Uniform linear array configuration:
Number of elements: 12
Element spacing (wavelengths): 0.25
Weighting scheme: cosine
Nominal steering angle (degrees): -60
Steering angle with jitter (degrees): -61.587
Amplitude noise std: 0.05
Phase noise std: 0.05

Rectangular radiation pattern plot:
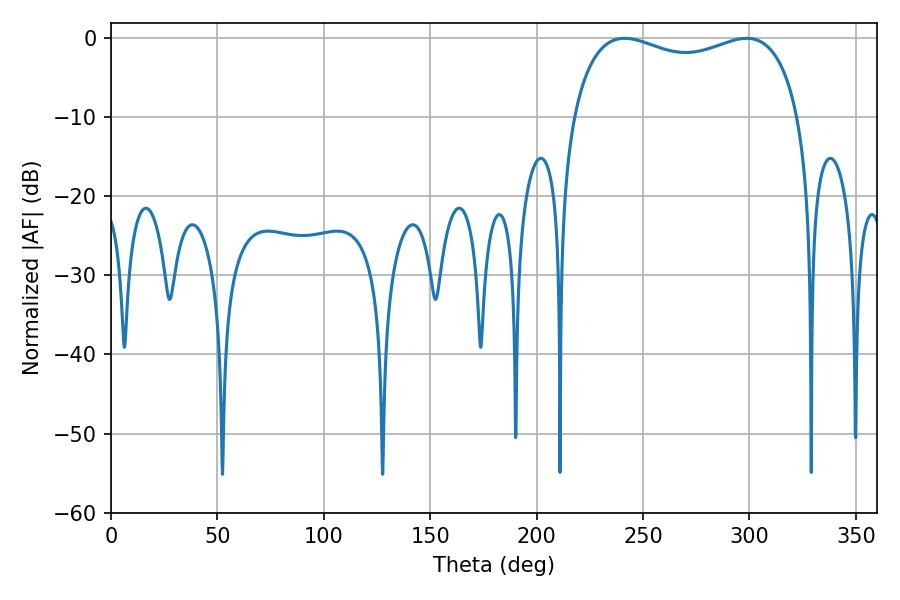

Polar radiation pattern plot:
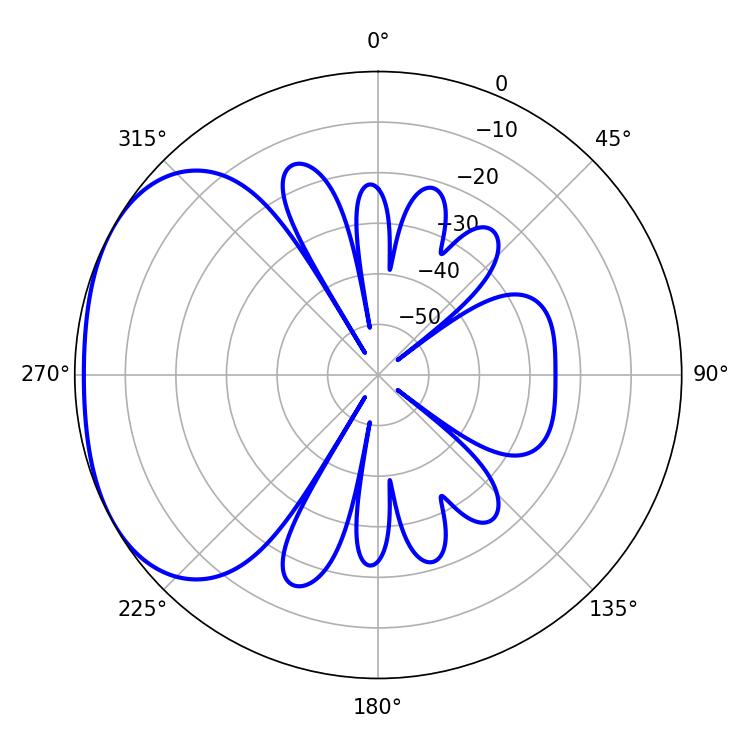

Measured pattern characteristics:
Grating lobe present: FALSE
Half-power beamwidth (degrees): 87.48
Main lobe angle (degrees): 241.38